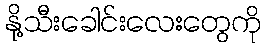
နို့သီးခေါင်းလေးတွေကို